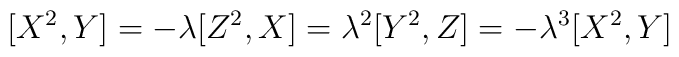
[X^2,Y] = -\lambda [Z^2,X] = \lambda^2 [Y^2,Z] = -\lambda^3 [X^2,Y]